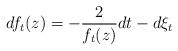
LaTeX: \begin{align*}df_t(z) = -\frac{2}{f_t(z)}dt - d\xi_t \end{align*}